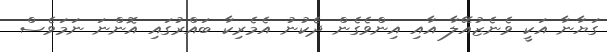
ގަޔާނާ އަކީ ވެނެޒުއޭލާ އާއި އިންވެގެން ދެކުނު އެމެރިކާ ބައްރުގައި އޮންނަ ނަމަވެސް